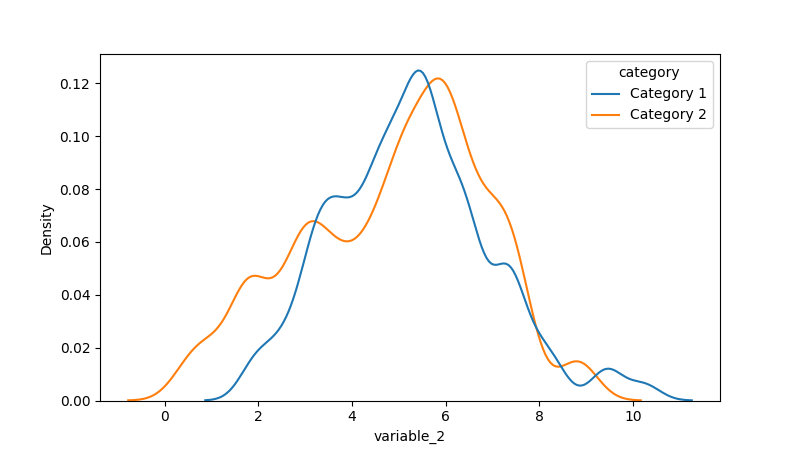
python, seaborn, kdeplot, hue='category', fill=False, bw_adjust=0.5